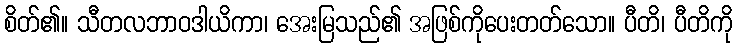
စိတ်၏။ သီတလဘာဝဒါယိကာ၊ အေးမြသည်၏ အဖြစ်ကိုပေးတတ်သော။ ပီတိ၊ ပီတိကို